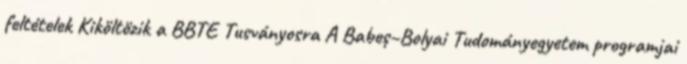
feltételek Kiköltözik a BBTE Tusványosra A Babeș–Bolyai Tudományegyetem programjai